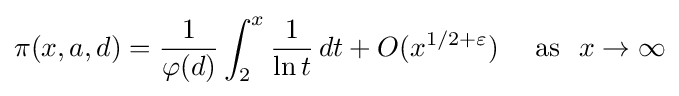
\pi (x,a,d)={\frac {1}{\varphi (d)}}\int _{2}^{x}{\frac {1}{\ln t}}\,dt+O(x^{1/2+\varepsilon })\quad {\mbox{ as }}\ x\to \infty